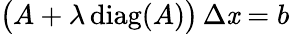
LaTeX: {\big(}A+\lambda\operatorname{diag}(A){\big)}\, \Delta\mathit{x}=b